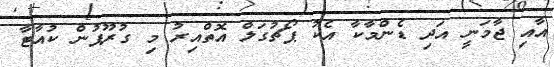
އާއި ޖާމަނީ އަދި ޑެންމާކާ އެކު ޕޯޗުގަލް އޮތްއިރު މި ގުރޫޕުން ކުއާޓާ